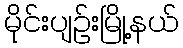
မိုင်းပျဉ်းမြို့နယ်